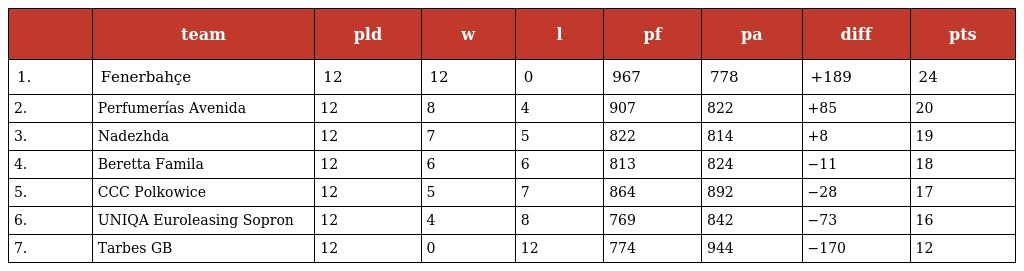
|  | team | pld | w | l | pf | pa | diff | pts |
 | --- | --- | --- | --- | --- | --- | --- | --- | --- |
 | 1. | Fenerbahçe | 12 | 12 | 0 | 967 | 778 | +189 | 24 |
 | 2. | Perfumerías Avenida | 12 | 8 | 4 | 907 | 822 | +85 | 20 |
 | 3. | Nadezhda | 12 | 7 | 5 | 822 | 814 | +8 | 19 |
 | 4. | Beretta Famila | 12 | 6 | 6 | 813 | 824 | −11 | 18 |
 | 5. | CCC Polkowice | 12 | 5 | 7 | 864 | 892 | −28 | 17 |
 | 6. | UNIQA Euroleasing Sopron | 12 | 4 | 8 | 769 | 842 | −73 | 16 |
 | 7. | Tarbes GB | 12 | 0 | 12 | 774 | 944 | −170 | 12 |